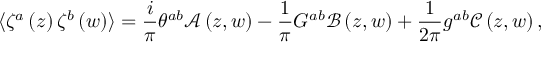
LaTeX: \langle \zeta ^ { a } \left( z \right) \zeta ^ { b } \left( w \right) \rangle = \frac { i } { \pi } \theta ^ { a b } \mathcal { A } \left( z , w \right) - \frac { 1 } { \pi } G ^ { a b } \mathcal { B } \left( z , w \right) + \frac { 1 } { 2 \pi } g ^ { a b } \mathcal { C } \left( z , w \right) ,